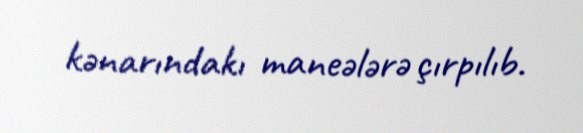
kənarındakı maneələrə çırpılıb.